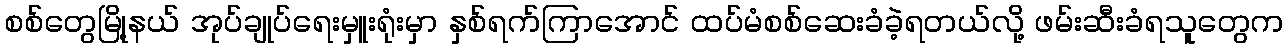
စစ်တွေမြို့နယ် အုပ်ချုပ်ရေးမှူးရုံးမှာ နှစ်ရက်ကြာအောင် ထပ်မံစစ်ဆေးခံခဲ့ရတယ်လို့ ဖမ်းဆီးခံရသူတွေက